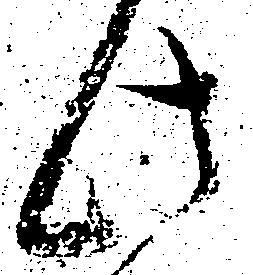
此